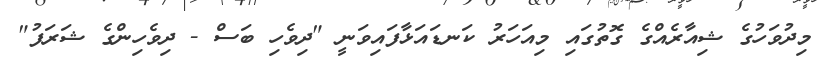
މިދުވަހުގެ ޝިއާރެއްގެ ގޮތުގައި މިއަހަރު ކަނޑައަޅާފައިވަނީ "ދިވެހި ބަސް - ދިވެހިންގެ ޝަރަފު"